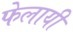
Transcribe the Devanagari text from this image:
फेलायी